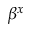
\beta ^ { x }